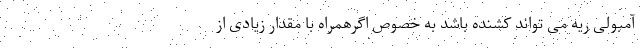
آمبولی ریه می تواند کشنده باشد به خصوص اگرهمراه با مقدار زیادی از